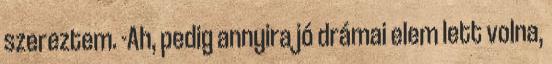
szereztem. -Ah, pedig annyira jó drámai elem lett volna,